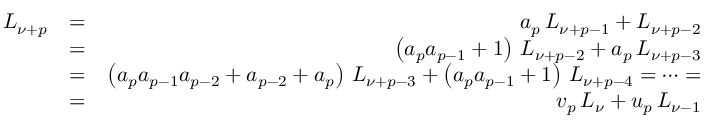
\begin{array} { r l r } { L _ { \nu + p } } & { = } & { a _ { p } \, L _ { \nu + p - 1 } + L _ { \nu + p - 2 } } \\ & { = } & { \left( a _ { p } a _ { p - 1 } + 1 \right) \, L _ { \nu + p - 2 } + a _ { p } \, L _ { \nu + p - 3 } } \\ & { = } & { \left( a _ { p } a _ { p - 1 } a _ { p - 2 } + a _ { p - 2 } + a _ { p } \right) \, L _ { \nu + p - 3 } + \left( a _ { p } a _ { p - 1 } + 1 \right) \, L _ { \nu + p - 4 } = \cdots = } \\ & { = } & { v _ { p } \, L _ { \nu } + u _ { p } \, L _ { \nu - 1 } } \end{array}